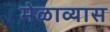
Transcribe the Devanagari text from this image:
मेळाव्यास